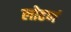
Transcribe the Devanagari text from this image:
लोढणं